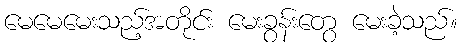
မေမေမေးသည့်အတိုင်း မေးခွန်းတွေ မေးခဲ့သည်။